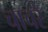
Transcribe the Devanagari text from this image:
चाचरे